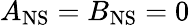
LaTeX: A_{\mathrm{NS}}=B_{\mathrm{NS}}=0